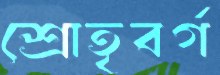
শ্রোতৃবর্গ